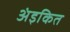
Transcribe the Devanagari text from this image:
अंइकित